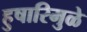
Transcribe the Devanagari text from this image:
हुषारिमुळे